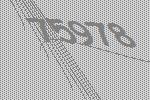
75978